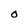
Character: O